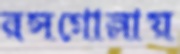
রসগোল্লায়